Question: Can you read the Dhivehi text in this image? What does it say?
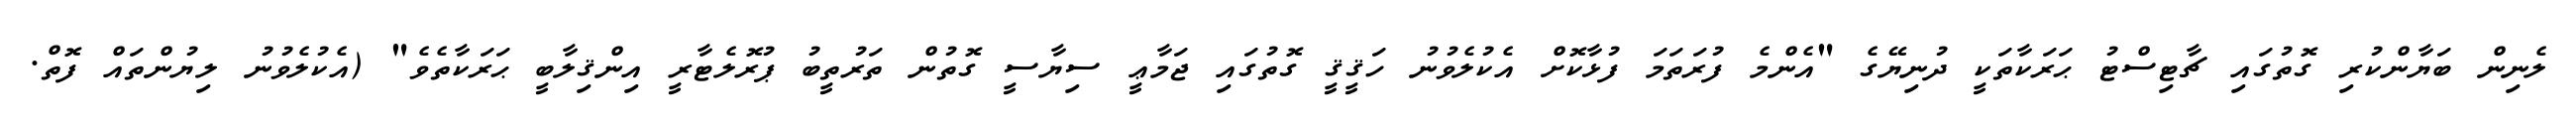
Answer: ލެނިން ބަޔާންކުރި ގޮތުގައި ޗާޓިސްޓު ޙަރަކާތަކީ ދުނިޔޭގެ "އެންމެ ފުރަތަމަ ފުޅާކޮށް އެކުލެވުނު ހަޤީޤީ ގޮތުގައި ޖަމާޢީ ސިޔާސީ ގޮތުން ތަރުތީބު ޕުރޮލެޓާރީ އިންޤިލާބީ ޙަރަކާތެވެ" (އެކުލެވުނު ލިޔުންތައް ފޮތް.